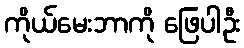
ကိုယ်မေးဘာကို ဖြေပါဦး